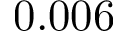
0 . 0 0 6